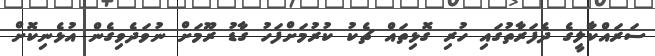
ސަރައްކާލީގެ ދެފަރާތުގައި ހުރި ގޮޅިތައް ޗެކު ކުރުމަށްފަހު ގާޑު ރޫމަށް ނުވަދެވިގެން އުޅެނިކޮށް